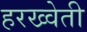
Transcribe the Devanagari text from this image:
हरख्वेती